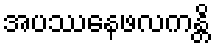
အပဿေနဖလကန္တိ